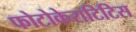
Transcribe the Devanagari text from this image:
फोटोकेराटिटिस